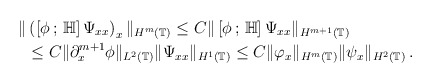
\begin{align*}\Vert &\left(\left[\phi\,;\,\mathbb H\right]\Psi_{xx}\right)_x\Vert_{H^m(\mathbb T)}\le C\Vert \left[\phi\,;\,\mathbb H\right]\Psi_{xx}\Vert_{H^{m+1}(\mathbb T)}\\&\le C\Vert\partial^{m+1}_x\phi\Vert_{L^2(\mathbb T)}\Vert\Psi_{xx}\Vert_{H^1(\mathbb T)}\le C\Vert\varphi_{x}\Vert_{H^m(\mathbb T)}\Vert\psi_x\Vert_{H^2(\mathbb T)}\,.\end{align*}